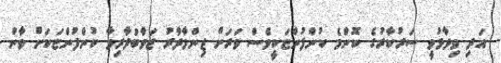
އަދި ވިދާޅުވީ ސަރުކާރުގެ ކޮންމެ ކުންފުންޏަކީވެސް ވަރަށް ޒިންމާދާރު ޖަވާބުދާރިވާ ކުންފުންޏަކަށް ވާން